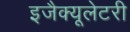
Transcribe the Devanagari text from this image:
इजैक्यूलेटरी